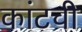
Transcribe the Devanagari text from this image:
कांटची